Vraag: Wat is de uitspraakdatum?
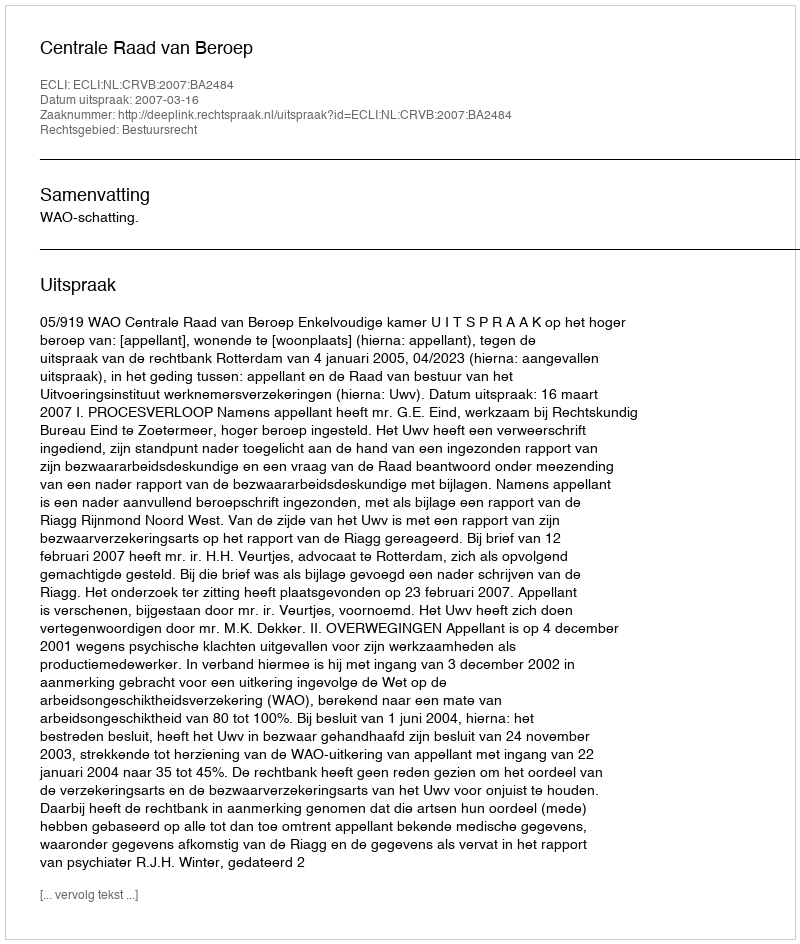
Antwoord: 2007-03-16